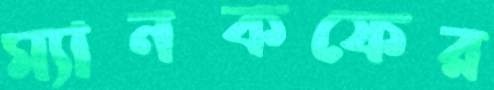
ম্যানকফের